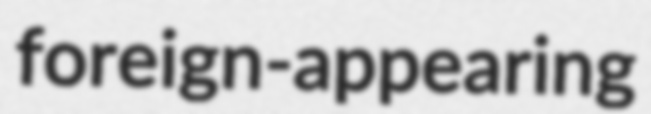
foreign-appearing